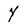
Character: Y